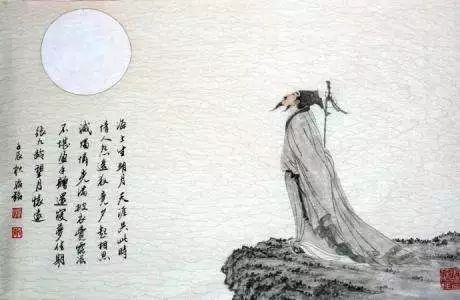
海上生明月，天涯共此时。